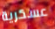
عسكرية